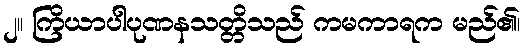
၂။ ကြိယာပါပုဏနသတ္တိသည် ကမကာရက မည်၏၊